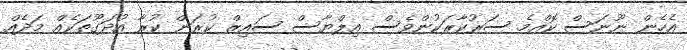
އެހެން ނޫނަސް ކޮއްމެ ސަރުކާރަކުންވެސް އިލްޔާސް ސައިޒް ކުރަން ކުރާ އުދަގޫތަކެއް މަދެއް